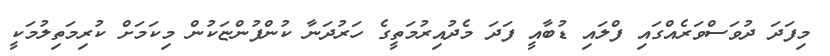
މިފަދަ ދުވަސްވަރެއްގައި ފްލައި ޑުބާއީ ފަދަ މެދުއިރުމަތީގެ ހަރުދަނާ ކުންފުންޏަކުން މިކަމަށް ކުރިމަތިލުމަކީ